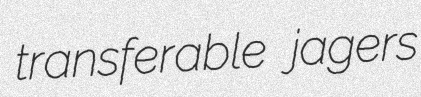
transferable jagers